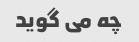
چه می گوید